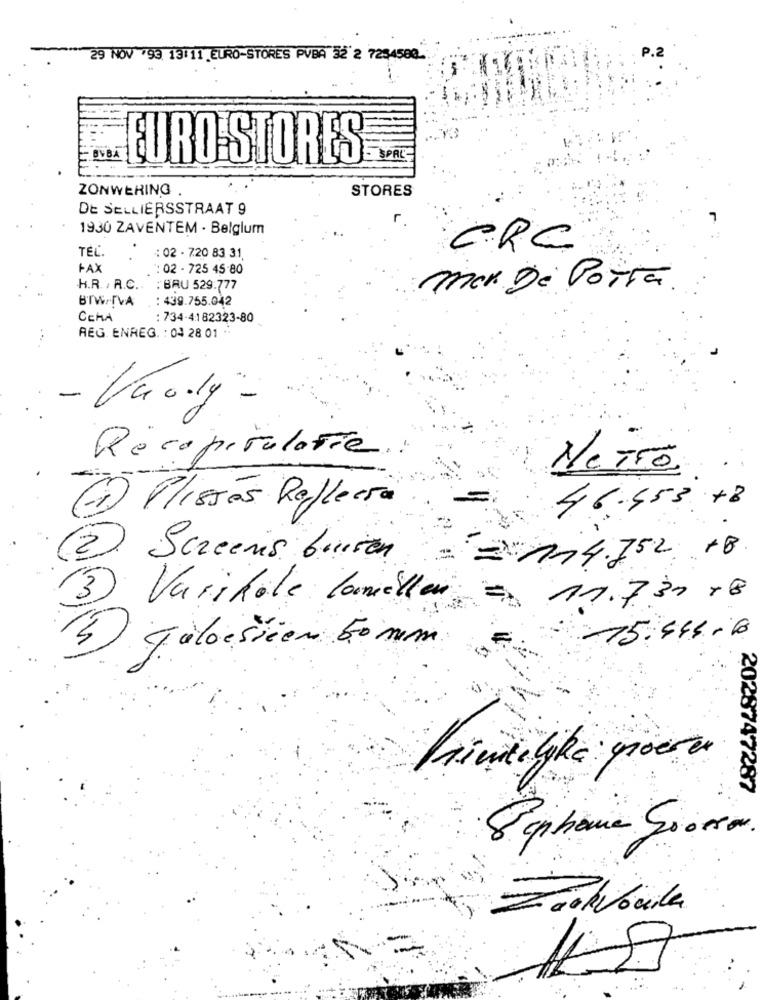
29 NOV "93 13111 EURO-STORES PVBA 32 2 7234580.
P.2
BVBA
EURO STORES
- SPACE
ZONWERING
STORES
DE SELLIERSSTRAAT 9
1930 ZAVENTEM - Belglum
TEL.
CRC
: 02 - 7.20 83 31
FAX
: 02 - 725 45-80
.H.R. / A.C .. : BRU 529:777
mar De Porta.
BTW.IVA : 439.755.042
CEMA
: 734-4182323-80
REG. ENREG. : 04 28 01 .
- Goly-
Récapitulatif .:
Netro
- Plissés Reflecra
46.553 +8
2. Screens buiten
=x11 4.752 18
(3) Varikole lamellen
11.7.30 18
15.444.16
15)
Jalousien 50 mm
Lindelike groeve
2028747287